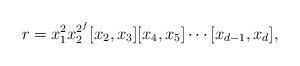
LaTeX: \begin{align*} r=x_1^2x_2^{2^f}[x_2,x_3][x_4,x_5]\cdots[x_{d-1},x_d], \end{align*}